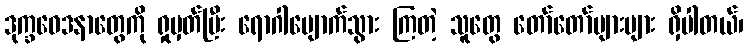
ဒုက္ခဝေဒနာတွေကို ရှုမှတ်ပြီး ရောဂါပျောက်သွား ကြတဲ့ သူတွေ တော်တော်များများ ရှိပါတယ်၊